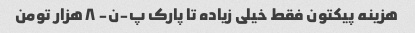
هزینه پیکتون فقط خیلی زیاده تا پارک پ-ن- ۸ هزار تومن